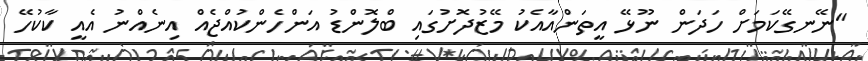
"ނޭނގޭކަމަށް ހަދަން ނޫޅޭ އީތަންއާއެކު މޭޒުދޮށުގައި ބްލޮންޑު އަންހެންކުއްޖެއް އިނެއްނު އެއީ ކާކުހޭ